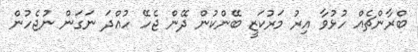
ބްރާންޗެއް ހުޅުވާ އިރު މަރުކަޒީ ބޭންކުން ދޭން ޖެހޭ ހުއްދަ ނަގަން ނުޖެހުން